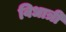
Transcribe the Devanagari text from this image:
विधात्री